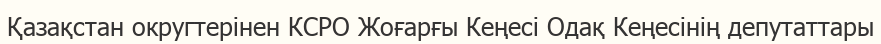
Қазақстан округтерінен КСРО Жоғарғы Кеңесі Одақ Кеңесінің депутаттары